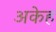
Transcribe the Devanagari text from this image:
अकेह